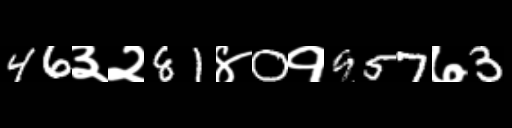
Text: 46३२81४0१957७3